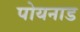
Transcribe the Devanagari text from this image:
पोयनाड